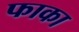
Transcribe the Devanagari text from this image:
फाका